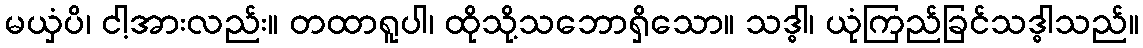
မယှံပိ၊ ငါ့အားလည်း။ တထာရူပါ၊ ထိုသို့သဘောရှိသော။ သဒ္ဓါ၊ ယုံကြည်ခြင်သဒ္ဓါသည်။